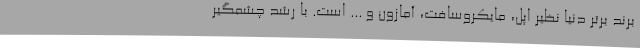
برند برتر دنیا نظیر اپل، مایکروسافت، آمازون و ... است. با رشد چشمگیر